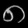
Digit: ၈